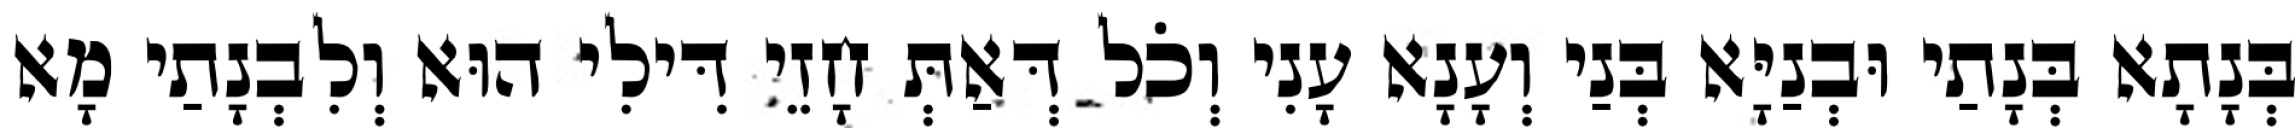
בְּנָתָא בְּנָתַי וּבְנַיָּא בְּנַי וְעָנָא עָנִי וְכֹל דְּאַתְּ חָזֵי דִּילִי הוּא וְלִבְנָתַי מָא